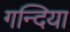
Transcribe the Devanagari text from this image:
गन्दिया